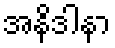
အနိဒါနာ